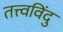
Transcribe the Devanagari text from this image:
तत्त्वविंदु